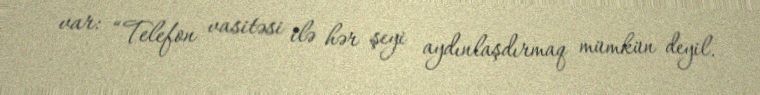
var: “Telefon vasitəsi ilə hər şeyi aydınlaşdırmaq mümkün deyil.